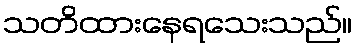
သတိထားနေရသေးသည်။